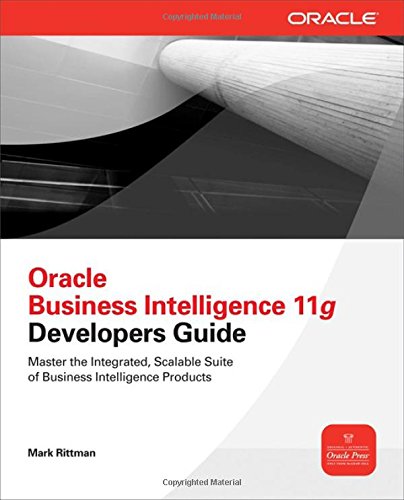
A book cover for Oracle Business Intelligence 11g Developers Guide; Mark Rittman; Computers & Technology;